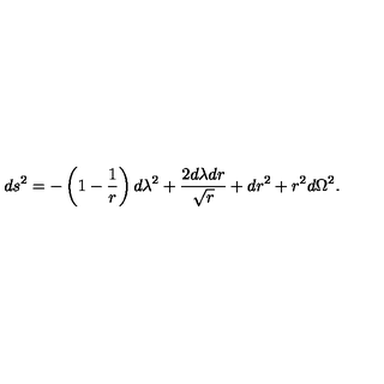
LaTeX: d s ^ { 2 } = - \left( 1 - { \frac { 1 } { r } } \right) d \lambda ^ { 2 } + { \frac { 2 d \lambda d r } { \sqrt { r } } } + d r ^ { 2 } + r ^ { 2 } d \Omega ^ { 2 } .